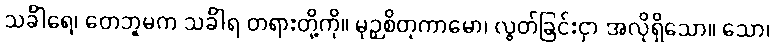
သင်္ခါရေ၊ တေဘူမက သင်္ခါရ တရားတို့ကို။ မုဉှစိတုကာမော၊ လွတ်ခြင်းငှာ အလိုရှိသော။ သော၊